Report of the Municipal Commissioner on the plague in Bombay for the year ending 31st May... - Volume 1
Disease focus: Plague
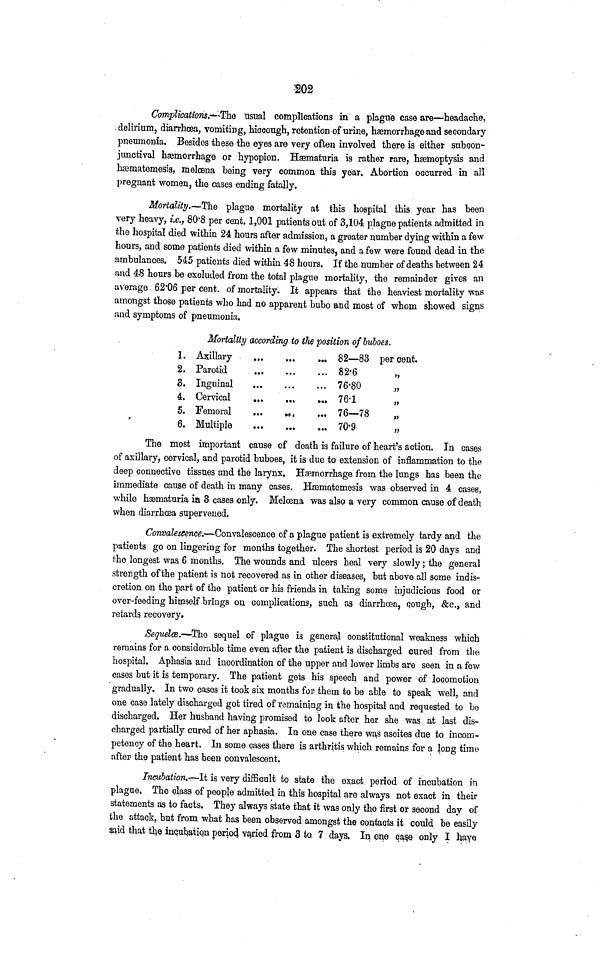
202
Complications.--The usual complications in a plague case are—headache,
delirium, diarrhoea, vomiting, hiccough, retention of urine, haemorrhage and secondary
pneumonia. Besides these the eyes are very often involved there is either subcon-
junctival haemorrhage or hypopion. Hsematuria is rather rare, haemoptysis and
hsematemesis, meloana being very common this year. Abortion occurred in all
pregnant women, the cases ending fatally.
Mortality.—The plague mortality at this hospital this year has been
very heavy, i.e., 80·8 per cent. 1,001 patients out of 3,104 plague patients admitted in
the hospital died within 24 hours after admission, a greater number dying within a few
hours, and some patients died within a few minutes, and a few were found dead in the
ambulances. 545 patients died within 48 hours. If the number of deaths between 24
and 48 hours be excluded from the total plague mortality, the remainder gives an
average 62·06 per cent, of mortality. It appears that the heaviest mortality was
amongst those patients who had no apparent bubo and most of whom showed signs
and symptoms of pneumonia.
Mortality according to
1.
2.
8.
4.
5.
6.
Axillary
Parotid
Inguinal
Cervical
Femoral
Multiple
*#*
...
·· ·
···
.··
«··
···
...
...
»··
•σι
···
the position of buboes.
···
...
...
···
«··
··»
82—83
82-6
76-80
76-1
76—78
70-9
per cent.
,,
,,
,,
,,
,,
The most important cause of death is failure of heart's action. In cases
of axillary, cervical, and parotid buboes, it is due to extension of inflammation to the
deep connective tissues and the larynx. Haemorrhage from the lungs has been the
immediate cause of death in many cases. Haematemesis was observed in 4 cases,
while hsematuria in δ cases only. Meloena was also a very common cause of death
when diarrhoea supervened.
Convalescence.—Convalescence of a plague patient is extremely tardy and the
patients go on lingering for months together. The shortest period is 20 days and
the longest was 6 months. The wounds and ulcers heal very slowly; the general
strength of the patient is not recovered as in other diseases, but above all some indis-
cretion on the part of the patient or his friends in taking some injudicious food or
over-feeding himself brings on complications, such as diarrhoea, qough, &c., and
retards recovery.
Sequelae.—The sequel of plague is general constitutional weakness which
remains for a considerable time even after the patient is discharged cured from the
hospital. Aphasia and incordination of the upper and lower limbs are seen in a few
cases but it is temporary. The patient gets his speech and power of locomotion
gradually. In two cases it took six months for them to be able to speak well, and
one case lately discharged got tired of remaining in the hospital and requested to be
discharged. Her husband having promised to look after her she was at last dis-
charged partially cured of her aphasia. In one case there wa,s asoites due to incorn-
petency of the heart. In some cases there is arthritis which remains for a long time
after the patient has been convalescent.
Incubation.—It is very difficult to state the exact period of incubation in
plague. The class of people admitted in this hospital are always not exact in their
statements as to facts. They always state that it was only the first or second day of
the attack, but from what has been observed amongst the contacts it could be easily
said that the incubation period varied from 3 to 7 days, In one case only I have